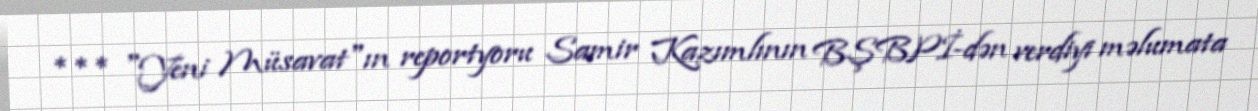
*** "Yeni Müsavat"ın reportyoru Samir Kazımlının BŞBPİ-dən verdiyi məlumata